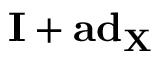
\mathbf { I } + \mathbf { a d } _ { \mathbf { X } }